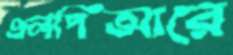
এলপিআরে